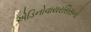
એડિનોવાયરસિસનો